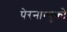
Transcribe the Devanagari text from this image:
पेरनाम्बुको